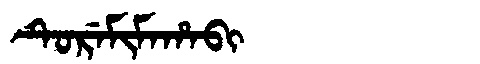
Manchu: ᡨᡠᡵᡝᠮᡳᠮᠠᡥᠠᠪᡳ
Romanization: TUREMIMAHABI